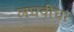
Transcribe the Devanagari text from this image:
लघवीचा